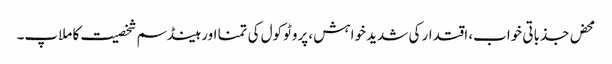
محض جذباتی خواب، اقتدار کی شدید خواہش، پروٹوکول کی تمنا اور ہینڈسم شخصیت کا ملاپ۔